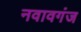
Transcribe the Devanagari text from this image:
नवावगंज